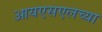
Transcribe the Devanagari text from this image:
आयएसएलच्या